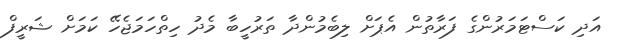
އަދި ކަސްޓަމަރުންގެ ފަރާތުން އެޕަށް ލިބެމުންދާ ތަރުހީބާ މެދު ހިތްހަމަޖެހޭ ކަމަށް ޝަރީފް